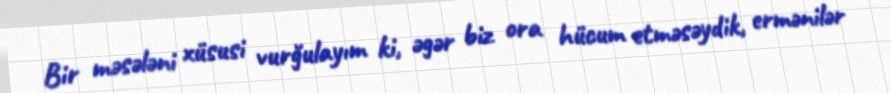
Bir məsələni xüsusi vurğulayım ki, əgər biz ora hücum etməsəydik, ermənilər